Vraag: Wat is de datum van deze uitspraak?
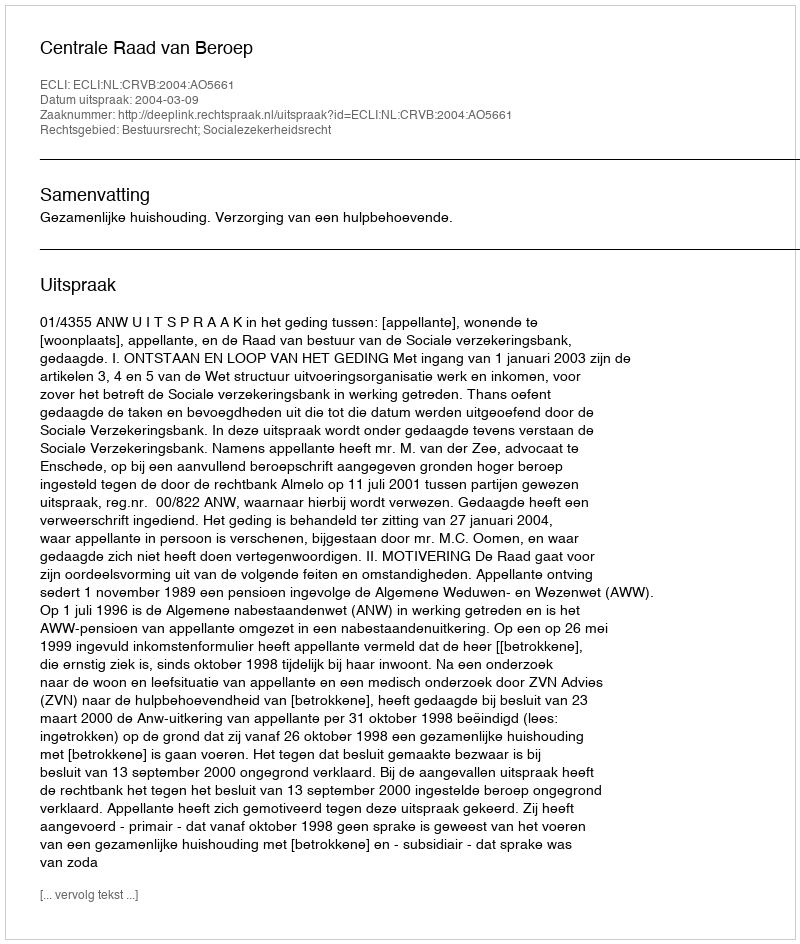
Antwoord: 2004-03-09